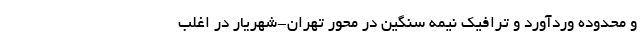
و محدوده وردآورد و ترافیک نیمه سنگین در محور تهران-شهریار در اغلب